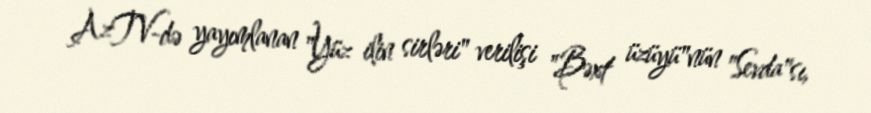
AzTV-də yayımlanan "Yüz ilin sirləri" verilişi "Bəxt üzüyü"nün "Sevda"sı,